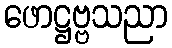
ဖောဋ္ဌဗ္ဗသညာ